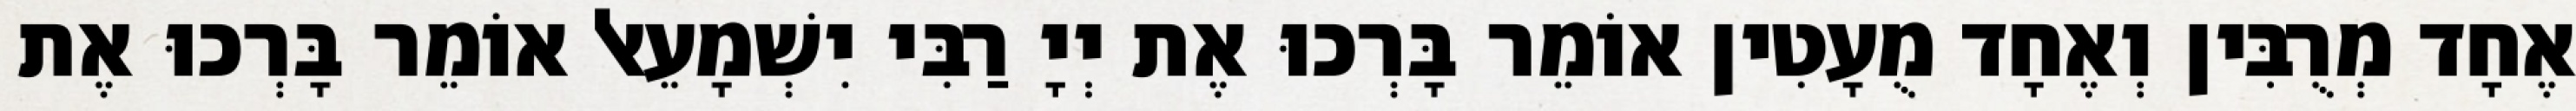
אֶחָד מְרֻבִּין וְאֶחָד מֻעָטִין אוֹמֵר בָּרְכוּ אֶת יְיָ רַבִּי יִשְׁמָעֵאל אוֹמֵר בָּרְכוּ אֶת